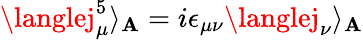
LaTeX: \langlej_{\mu}^{5}\rangle_{\mathbf{A}}=i\epsilon_{\mu\nu}\langlej_{\nu}\rangle_{\mathbf{A}}